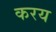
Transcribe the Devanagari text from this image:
करय